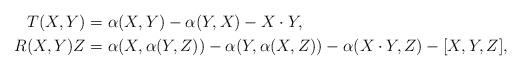
LaTeX: \begin{align*}T(X,Y)&=\alpha(X,Y)-\alpha(Y,X)-X\cdot Y,\\R(X,Y)Z&=\alpha(X,\alpha(Y,Z))-\alpha(Y,\alpha(X,Z))-\alpha(X\cdot Y,Z)-[X,Y,Z],\end{align*}